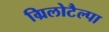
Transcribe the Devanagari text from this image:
ग्रिलोटैल्पा